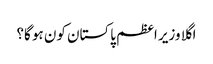
اگلا وزیر اعظم پاکستان کون ہو گا؟